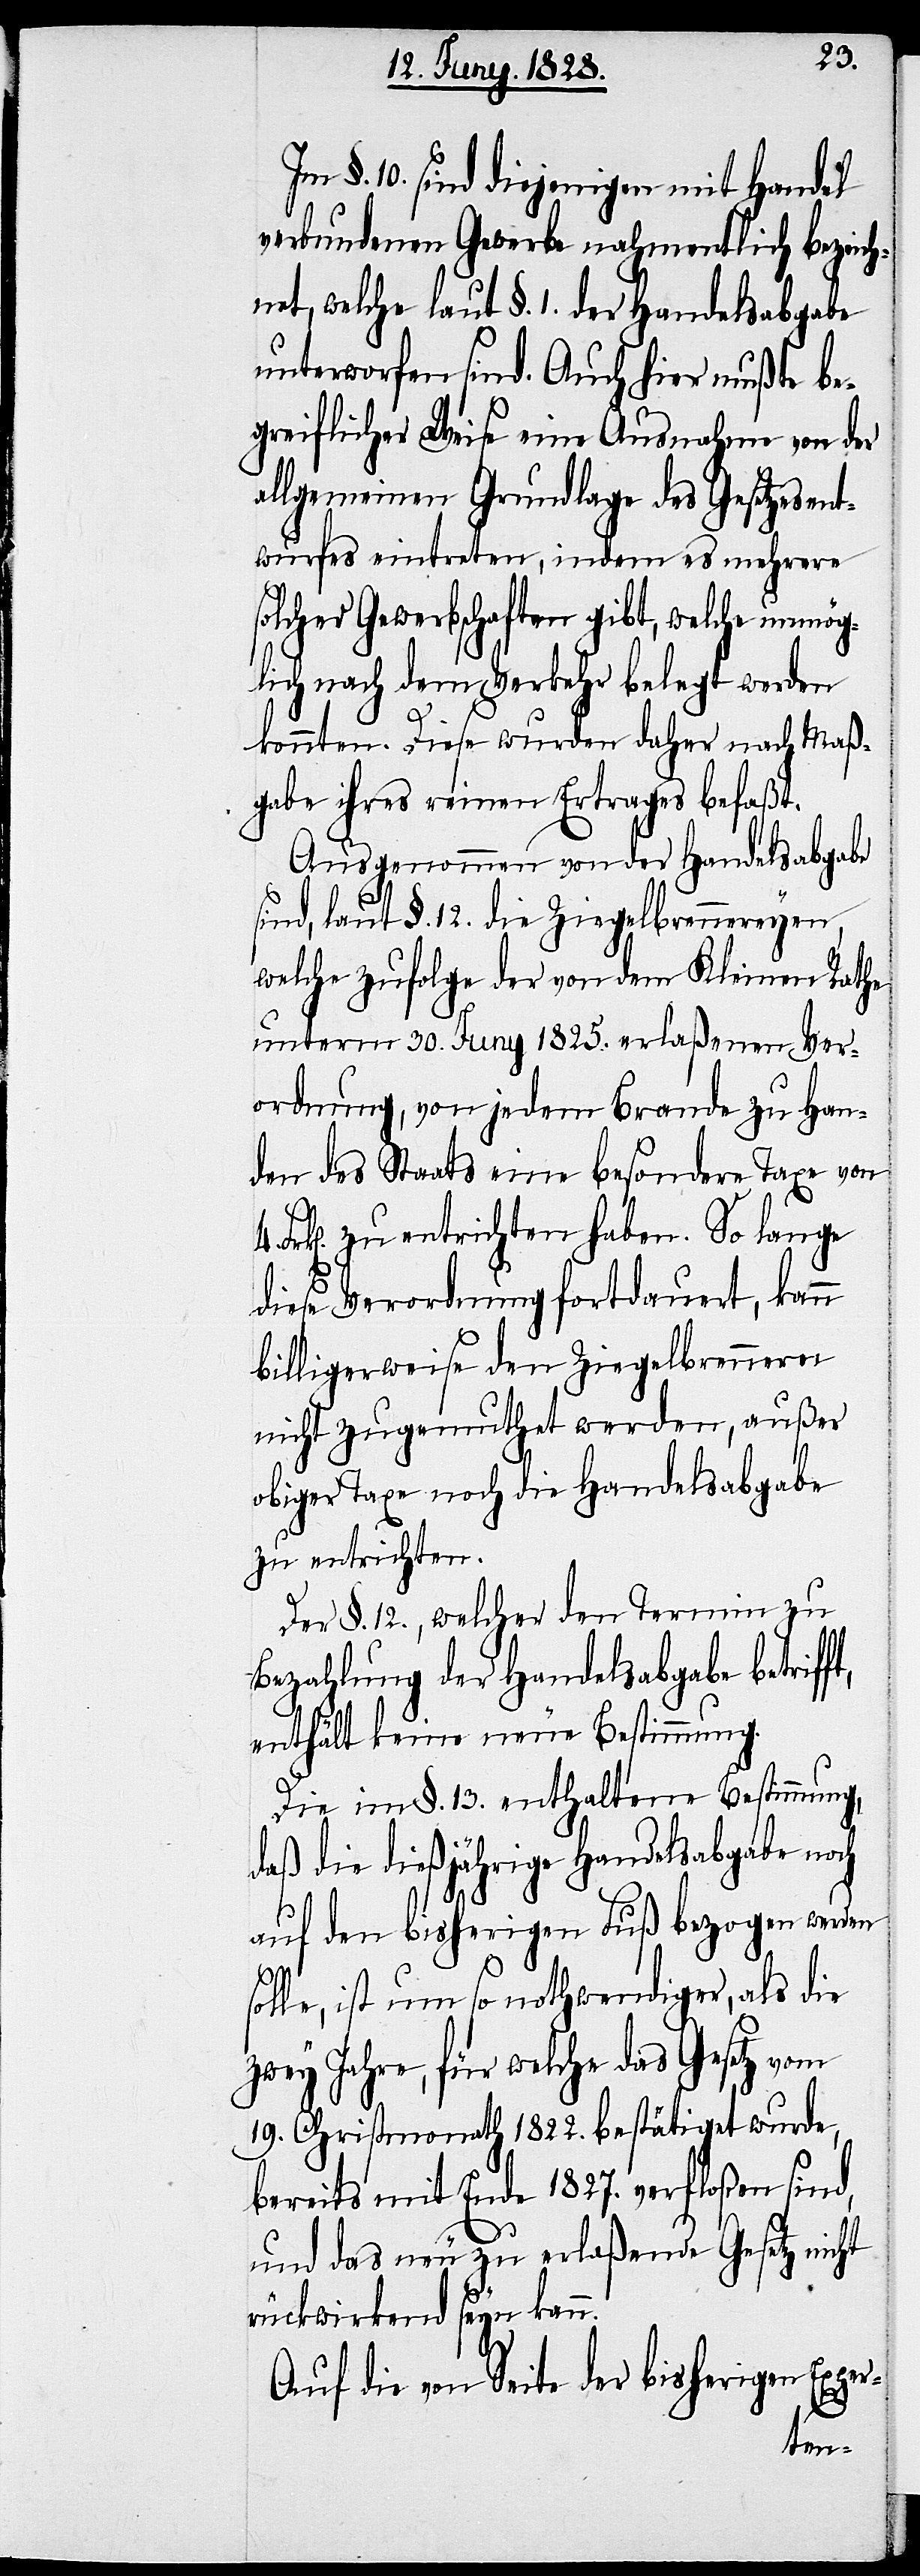
Im §. 10. sind diejenigen mit Handel
verbundenen Gewebe nahmentlich bezeich¬
net, welche laut §. 1. der Handelsabgabe
unterworfen sind. Auch hier mußte be¬
greiflicher Weise eine Ausnahme von der
allgemeinen Grundlage des Gesetzesent¬
wurfes eintreten, indem es mehrere
solcher Gewerbschaften gibt, welche unmög¬
lich nach dem Verkehr belegt werden
konnten. Diese wurden daher nach Maß¬
gabe ihres reinen Ertrages befaßt.
Ausgenommen von der Handelsabgabe
sind, laut §. 12. die Ziegelbrennereyen,
welche zufolge der von dem Kleinen Rathe
unterm 30. Juny 1825. erlaßenen Ver¬
ordnung, von jedem Brande zu Han¬
den des Staats eine besondere Taxe von
rk[en]. zu entrichten haben. So lange
diese Verordnung fortdauert, kann
billigerweise den Ziegelbrennern
nicht zugemuthet werden, außer
obiger Taxe noch die Handelsabgabe
zu entrichten.
Der §. 12., welcher den Termin zu
Bezahlung der Handelsabgabe betrif¬
enthält keine neue Bestimmung.
Die im §. 13. enthaltene Bestimmung,
daß die dießjährige Handelsabgabe noch
s¬
auf den bisherigen Fuß bezogen werden
olle, ist um so nothwendiger, als die
zwey Jahre, für welche das Gesetz vom
19. Christmonath 1822. bestätiget wurde,
bereits mit Ende 1827. verfloßen sind,
und das neu zu erlaßende Gesetz nicht
rückwirkend seyn kann.
Auf die von Seite der bisherigen Exper-